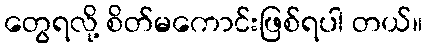
တွေရလို့ စိတ်မကောင်းဖြစ်ရပါ တယ်။